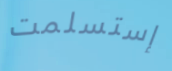
إستسلمت